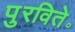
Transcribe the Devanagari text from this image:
पुरविते॰